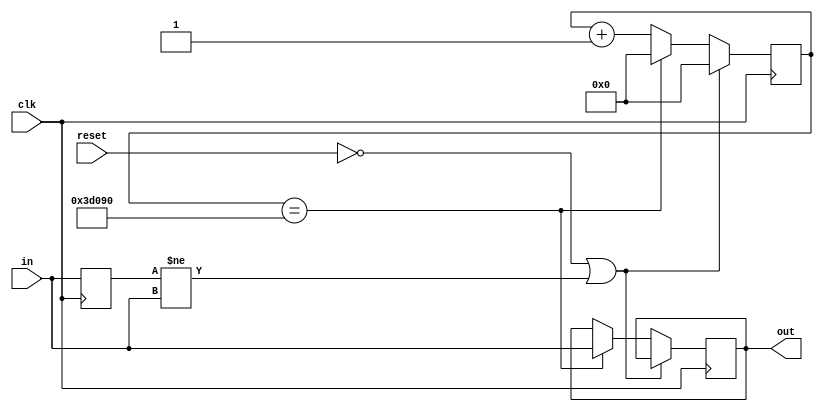
`timescale 1ns / 1ps
//////////////////////////////////////////////////////////////////////////////////
// Company: 
// Engineer: 
// 
// Design Name: 
// Module Name: debounce
// Project Name: 
// Target Devices: 
// Tool Versions: 
// Description: 
// 
// Dependencies: 
// 
// Revision:
// Revision 0.01 - File Created
// Additional Comments:
// 
//////////////////////////////////////////////////////////////////////////////////


module debounce(
    input in,
    input clk,
    input reset,
    output out
    );
    
    parameter TERM_COUNT = 18'd250_000;
    reg [18:0] count = 4'b0;
    reg last_in;
    reg out_reg;
    
    assign out = out_reg;
    
    always @ (posedge clk) begin
        
        // Update state of last input
        last_in <= in;
        
        if (reset == 1'b0 | last_in != in) begin
            
            // Reset count without updating output signal
            count <= 18'b0;
        end
        else begin
            if (count == TERM_COUNT) begin
            
                // Reset couunt and update output signal
                count <= 18'b0;
                out_reg <= in;
            end
            else begin
                count <= count + 18'b1;
            end
        end
    end
endmodule